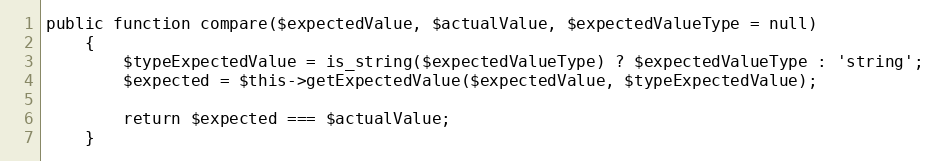
Language: PHP
public function compare($expectedValue, $actualValue, $expectedValueType = null)
    {
        $typeExpectedValue = is_string($expectedValueType) ? $expectedValueType : 'string';
        $expected = $this->getExpectedValue($expectedValue, $typeExpectedValue);

        return $expected === $actualValue;
    }